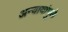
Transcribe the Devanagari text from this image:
अन्यायांमुळे